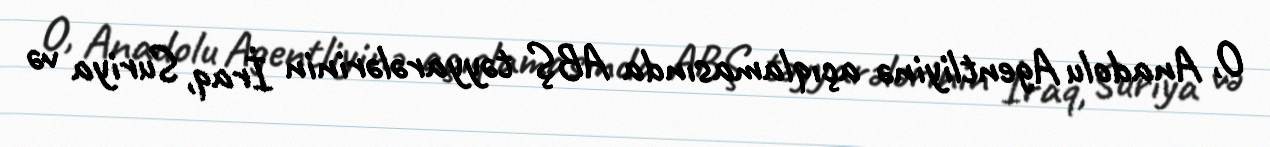
O, Anadolu Agentliyinə açıqlamasında ABŞ təyyarələrinin İraq, Suriya və